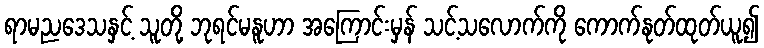
ရာမညဒေသနှင့် သူတို့ ဘုရင်မနူဟာ အကြောင်းမှန် သင့်သလောက်ကို ကောက်နုတ်ထုတ်ယူ၍